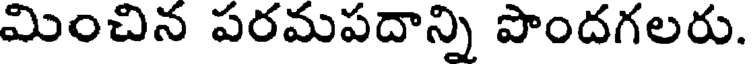
మించిన పరమపదాన్ని పొందగలరు.